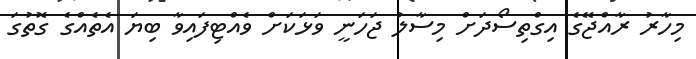
މިހާރު ރާއްޖޭގެ އިގްތިސޯދަށް މިސާލު ޖަހަނީ ވަޅަކަށް ވެއްޓިފައިވާ ބިޔަ އެތެއްގެ ގޮތުގަ